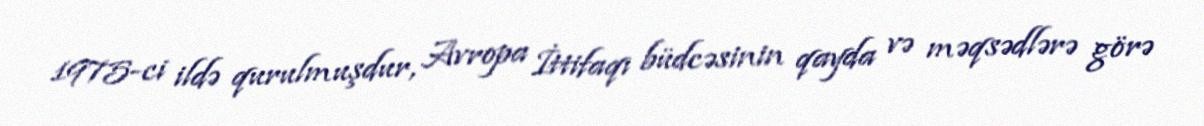
1975-ci ildə qurulmuşdur, Avropa İttifaqı büdcəsinin qayda və məqsədlərə görə